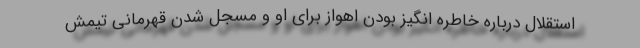
استقلال درباره خاطره انگیز بودن اهواز برای او و مسجل شدن قهرمانی تیمش